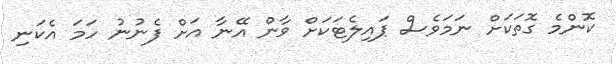
ކޮންމެ ގޮތަކަށް ނަމަވެސް ޕައިލެޓަކަށް ވާން އޭނާ އަށް ފެނުނު ހަމަ އެކަނި